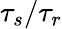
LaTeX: \tau_{s}/\tau_{r}